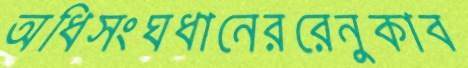
অধিসংঘধানেররেনুকাব